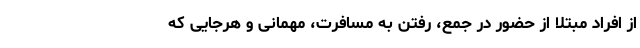
از افراد مبتلا از حضور در جمع، رفتن به مسافرت، مهمانی و هرجایی که